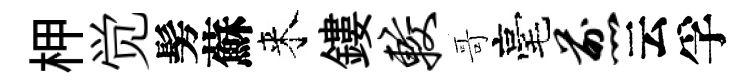
柙觉髣蘇来鏤较哥毫煎云孚